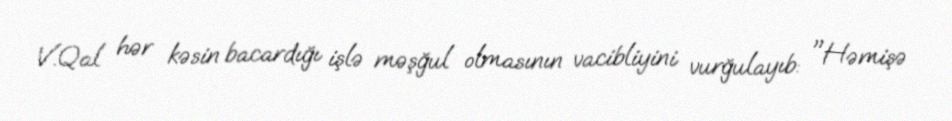
V.Qal hər kəsin bacardığı işlə məşğul olmasının vacibliyini vurğulayıb: "Həmişə